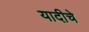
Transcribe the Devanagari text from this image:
यादीचे